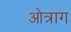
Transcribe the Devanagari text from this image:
ओत्राग